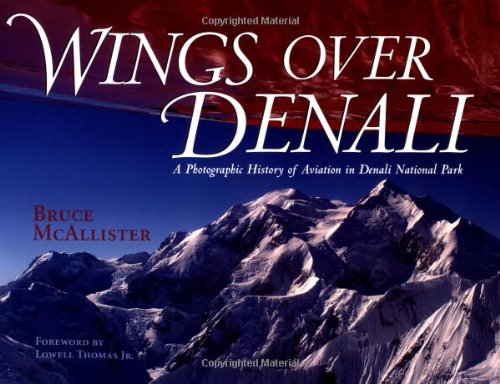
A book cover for Wings over Denali: A Photographic History of Aviation in Denali National Park; Bruce McAllister; Travel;